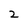
Character: 2